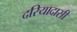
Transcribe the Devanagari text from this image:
दरियादासी